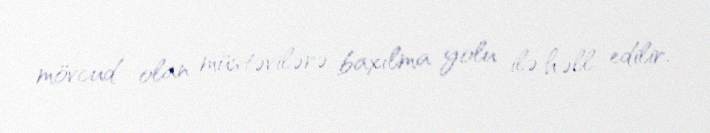
mövcud olan müstəvilərə baxılma yolu ilə həll edilir.